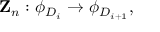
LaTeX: { \bf Z } _ { n } : \phi _ { D _ { i } } \rightarrow \phi _ { D _ { i + 1 } } ,